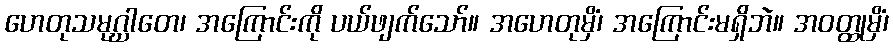
ဟေတုသမုဂ္ဃာတေ၊ အကြောင်းကို ပယ်ဖျက်သော်။ အဟေတုမှိံ၊ အကြောင်းမရှိဘဲ။ အဝတ္ထုမှိံ၊